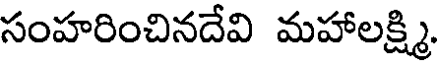
సంహరించినదేవి మహాలక్షి.